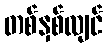
တစ်နှစ်လျင်